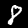
Label: 8